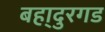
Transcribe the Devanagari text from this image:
बहा्दुरगड